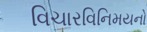
વિચારવિનિમયનો